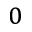
_ 0